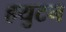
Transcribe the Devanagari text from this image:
हयुटन